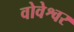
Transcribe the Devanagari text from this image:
वोवेश्वर